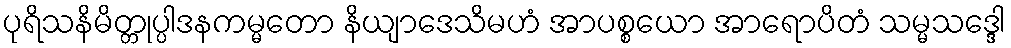
ပုရိသနိမိတ္တုပ္ပါဒနကမ္မတော နိယျာဒေသိမဟံ အာပစ္စယော အာရောပိတံ သမ္မသဒ္ဒေါ